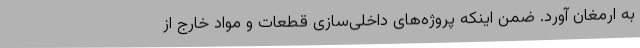
به ارمغان آورد. ضمن اینکه پروژه‌های داخلی‌سازی قطعات و مواد خارج از